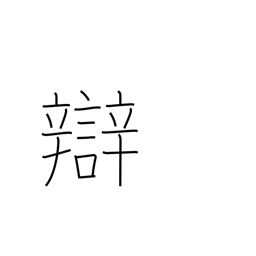
Meaning: dialect